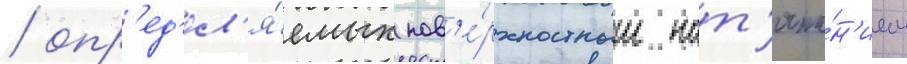
/ опр'ед'ел'я́емых пов'е́рхностным нат'яже́н'ием